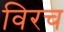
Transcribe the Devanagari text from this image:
विरच